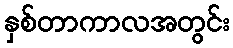
နှစ်တာကာလအတွင်း